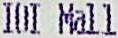
IOI MALL